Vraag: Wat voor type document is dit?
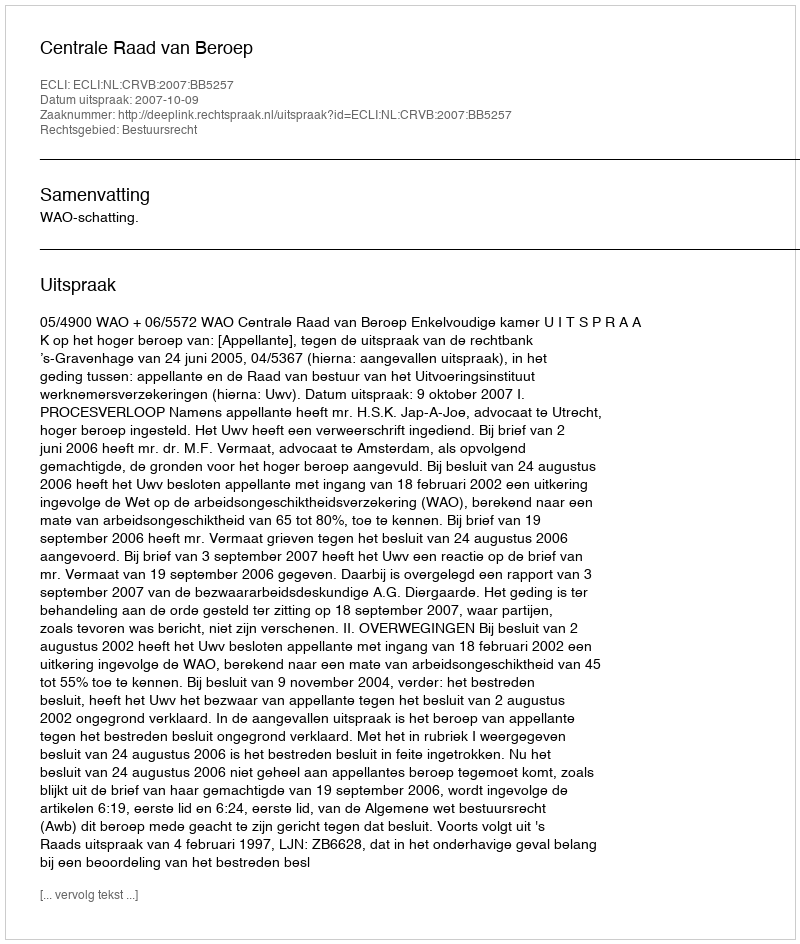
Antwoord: Uitspraak